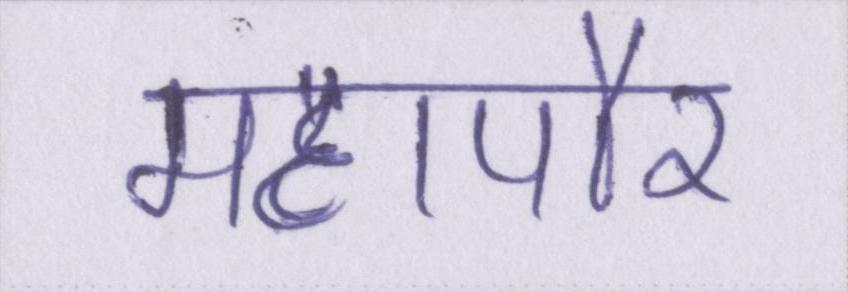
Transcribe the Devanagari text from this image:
महापौर